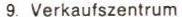
9. Verkaufszentrum